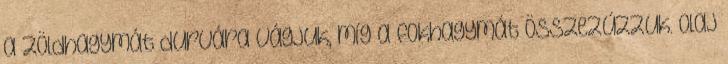
a zöldhagymát durvára vágjuk, míg a fokhagymát összezúzzuk. Olaj